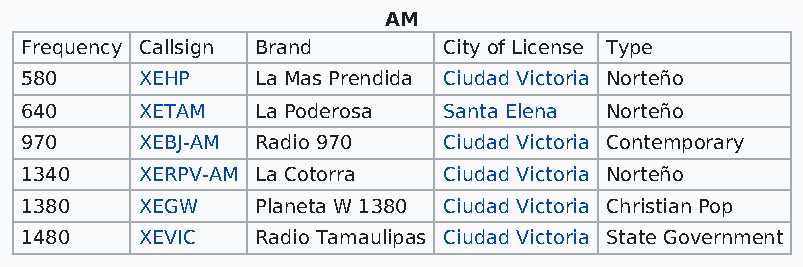
AM
 Frequency Callsign Brand    City of License Type
 580     XEHP    La Mas Prendida Ciudad Victoria Norteño
 640     XETAM   La Poderosa Santa Elena Norteño
 970     XEBJ-AM Radio 970   Ciudad Victoria Contemporary
 1340    XERPV-AM La Cotorra Ciudad Victoria Norteño
 1380    XEGW    Planeta W 1380 Ciudad Victoria Christian Pop
 1480    XEVIC   Radio Tamaulipas Ciudad Victoria State Government